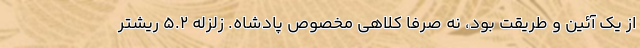
از یک آئین و طریقت بود، نه صرفا کلاهی مخصوص پادشاه. زلزله ۵.۲ ریشتر